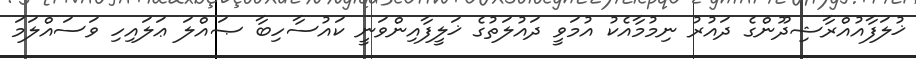
ޚުލަފާއުއްރާޝިދޫންގެ ދައުރު ނިމުމާއެކު އުމަވީ ދައުލަތުގެ ޚަލީފާއިންވަނީ ކައުސާހިބާ ޞައްލަ ޢަލައިހި ވަސައްލަމަ